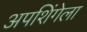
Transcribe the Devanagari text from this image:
अपशिंगेला